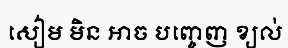
សៀម មិន អាច បញ្ចេញ ខ្យល់